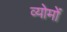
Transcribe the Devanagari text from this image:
व्योमों